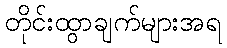
တိုင်းထွာချက်များအရ